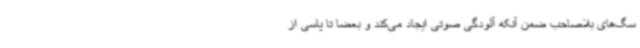
سگ‌های بلاصاحب ضمن آنکه آلودگی صوتی ایجاد می‌کند و بعضاً تا پاسی از